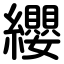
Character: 纓